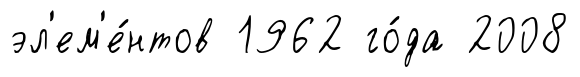
эл'ем'е́нтов 1962 го́да 2008